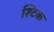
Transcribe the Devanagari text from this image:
श्टिक